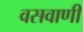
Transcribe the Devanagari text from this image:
वसवाणी